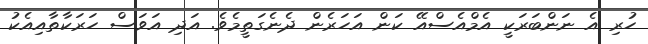
ހުރި އެ ނަންބަރަކީ އެމްއެސްއޭ ކަން އަހަރެން ދެނެގަތީމެވެ. އަދި އަވަސް ހަރަކާތާއިއެކު